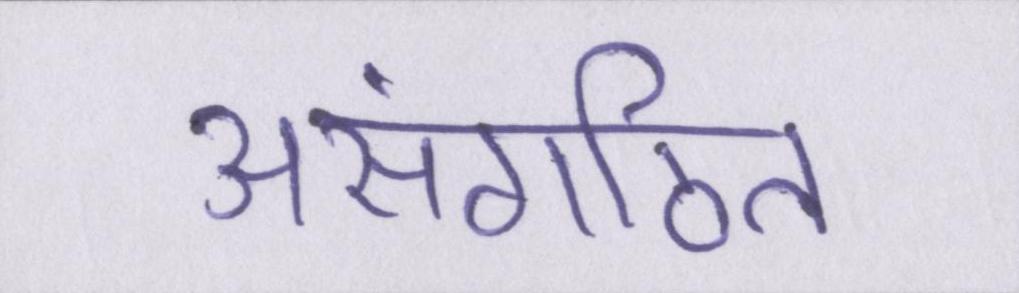
असंगठित